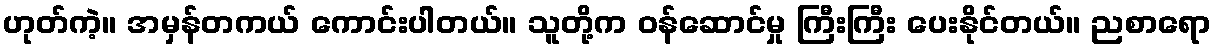
ဟုတ်ကဲ့။ အမှန်တကယ် ကောင်းပါတယ်။ သူတို့က ဝန်ဆောင်မှု ကြီးကြီး ပေးနိုင်တယ်။ ညစာရော